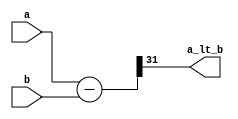
`timescale 1ns / 1ps
module is_less_than (
    a,
    b,
    a_lt_b
);
    parameter N = 32;
    
    input   [N-1:0] a;
    input   [N-1:0] b;
    output          a_lt_b;
    
    wire    [N-1:0] diff;
    assign diff = a - b;
    assign a_lt_b = diff[N-1];
endmodule